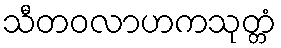
သီတဝလာဟကသုတ္တံ